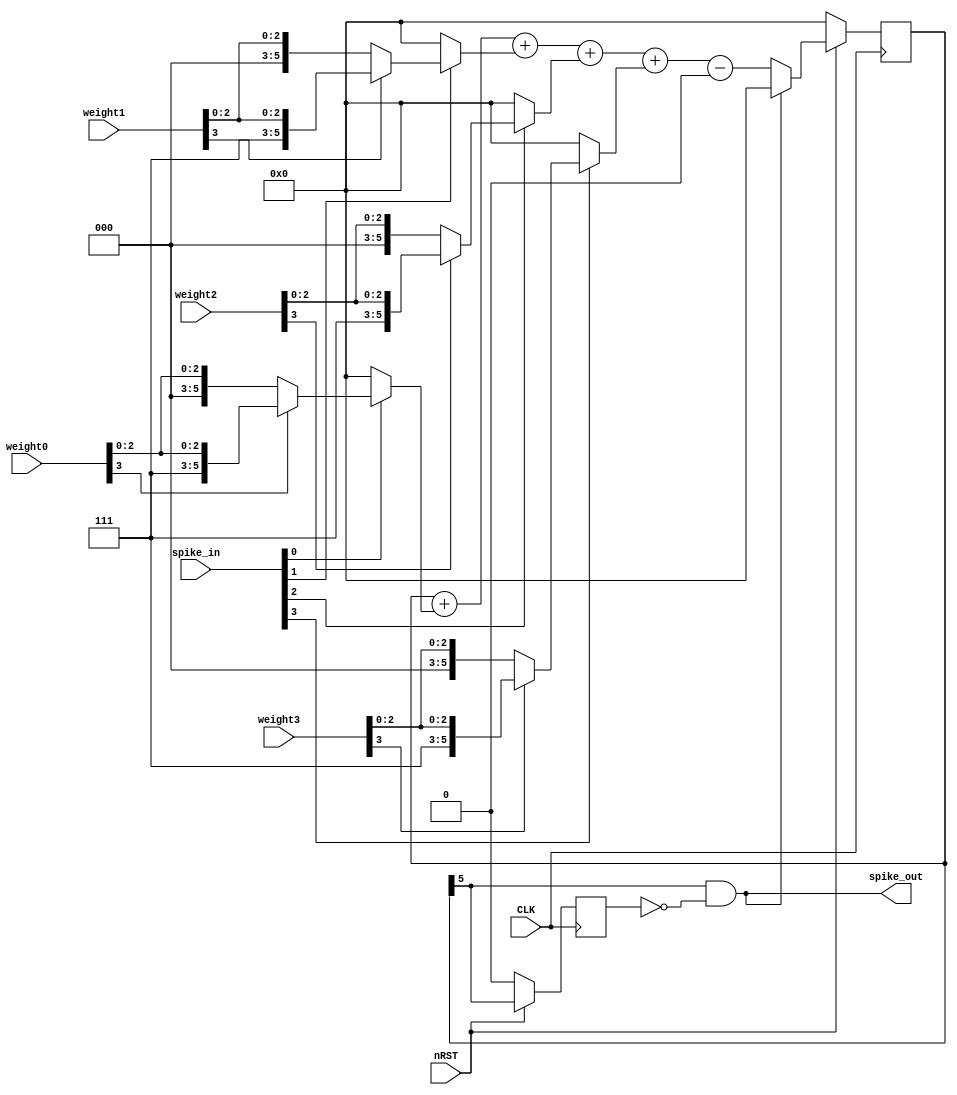
`timescale 1ns / 1ps
//////////////////////////////////////////////////////////////////////////////////
// Company: 
// Engineer: 
// 
// Design Name: 
// Module Name: snn
// Project Name: 
// Target Devices: 
// Tool Versions: 
// Description: 
// 
// Dependencies: 
// 
// Revision:
// Revision 0.01 - File Created
// Additional Comments:
// 
//////////////////////////////////////////////////////////////////////////////////
// calculation
module snn_lif#(parameter WEIGHT_WIDTH = 4'd4)(
    //--- Global control lines
    input wire CLK,
    input wire nRST,
    //--- LIF input and output
    input wire [3:0] spike_in,
    output wire spike_out,
    //Weights from configuration matrix
    input wire signed [WEIGHT_WIDTH-'d1:0] weight0,
    input wire signed [WEIGHT_WIDTH-'d1:0] weight1,
    input wire signed [WEIGHT_WIDTH-'d1:0] weight2,
    input wire signed [WEIGHT_WIDTH-'d1:0] weight3
);

localparam MID_VAL0 = 0, SNN_RST_VAL = 'd0; //('d1 << 5);

reg signed [5:0] snn_cnt_internal;
wire signed [5:0] sum_cnt [3:0];

reg cnt_msb;
wire [2:0] snn_leak0;

assign sum_cnt[0] = spike_in[0] ? (weight0[3] ? {weight0[3], 2'b11, weight0[2:0]} : {2'd00, weight0}) : MID_VAL0;
assign sum_cnt[1] = spike_in[1] ? (weight1[3] ? {weight1[3], 2'b11, weight1[2:0]} : {2'd00, weight1}) : MID_VAL0;
assign sum_cnt[2] = spike_in[2] ? (weight2[3] ? {weight2[3], 2'b11, weight2[2:0]} : {2'd00, weight2}) : MID_VAL0;
assign sum_cnt[3] = spike_in[3] ? (weight3[3] ? {weight3[3], 2'b11, weight3[2:0]} : {2'd00, weight3}) : MID_VAL0;
assign snn_leak0 = 3'b000;

assign spike_out = snn_cnt_internal[5] && !cnt_msb;

always@(posedge CLK) begin
    if(!nRST) begin
        snn_cnt_internal <= SNN_RST_VAL;
        cnt_msb <= 1'b0;
    end else begin
        if(!spike_out) begin
            snn_cnt_internal <= snn_cnt_internal + sum_cnt[0] + sum_cnt[1] + sum_cnt[2] + sum_cnt[3] - {3'd0, snn_leak0};
        end else begin
            snn_cnt_internal <= SNN_RST_VAL;
        end  
        cnt_msb <= snn_cnt_internal[5];
    end
end

endmodule